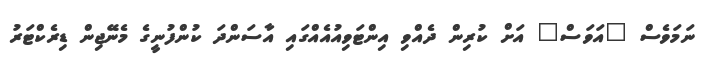
ނަމަވެސް "އަވަސް" އަށް ކުރިން ދެއްވި އިންޓަވިއުއެއްގައި އާސަންދަ ކުންފުނީގެ މެނޭޖިން ޑިރެކްޓަރު